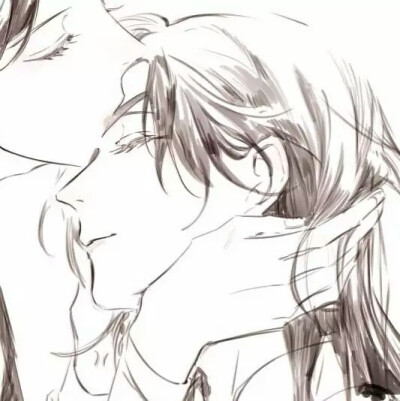
松叶堪为酒，春来酿几多。